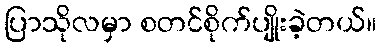
ပြာသိုလမှာ စတင်စိုက်ပျိုးခဲ့တယ်။